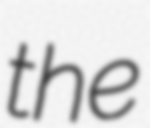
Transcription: the